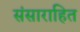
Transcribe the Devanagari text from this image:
संसाराहित